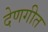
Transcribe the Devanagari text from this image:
देणगीत